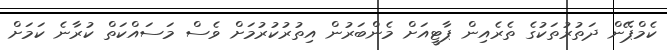
ކެމްޕޭން ދަތުރުތަކުގެ ތެރެއިން ޕާޓީއަށް މެންބަރުން އިތުރުކުރުމަށް ވެސް މަސައްކަތް ކުރާނެ ކަމަށް